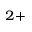
^ { 2 + }